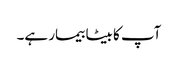
آپ کا بیٹا بیمار ہے۔